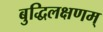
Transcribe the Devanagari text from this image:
बुद्धिलक्षणम्‌